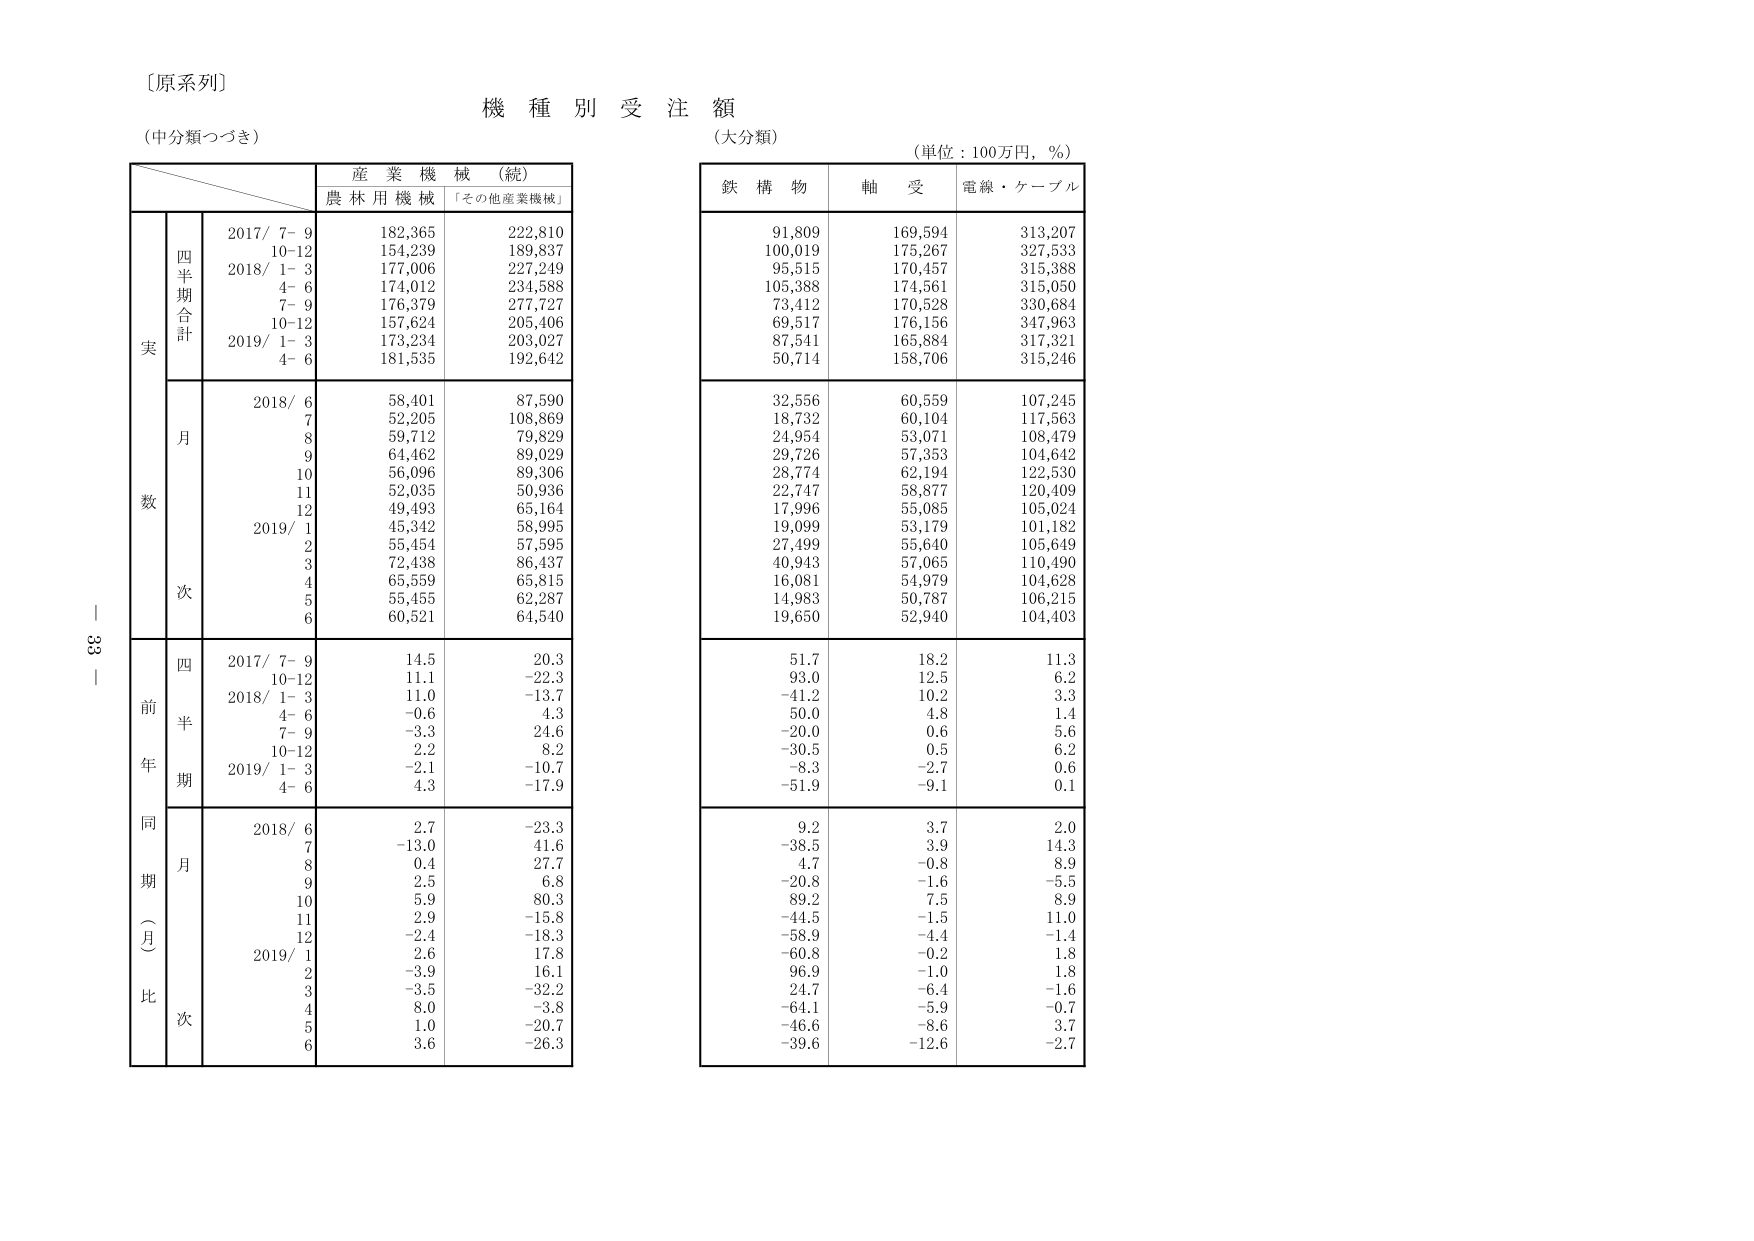
〔原系列〕
機種別受注額
（中分類つづき）
（大分類）
（単位：100万円，％）

産業機械（続）
農林用機械 「その他産業機械」

鉄構物 軸受 電線・ケーブル

実
四半期合計
2017/ 7-9 182,365 222,810
10-12 154,239 189,837
2018/ 1-3 177,006 227,249
4-6 174,012 234,588
7-9 176,379 277,727
10-12 157,624 205,406
2019/ 1-3 173,234 203,027
4-6 181,535 192,642

月
2018/ 6 58,401 87,590
7 52,205 108,869
8 59,712 79,829
9 64,462 89,029
10 56,096 89,306
11 52,035 50,936
12 49,493 65,164
2019/ 1 45,342 58,995
2 55,454 57,595
3 72,438 86,437
4 65,559 65,815
5 55,455 62,287
6 60,521 64,540

前年同期（月比）
四半期
2017/ 7-9 14.5 20.3
10-12 11.1 -22.3
2018/ 1-3 11.0 -13.7
4-6 -0.6 4.3
7-9 -3.3 24.6
10-12 -2.2 8.2
2019/ 1-3 -2.1 -10.7
4-6 4.3 -17.9

月
2018/ 6 2.7 -23.3
7 -13.0 41.6
8 0.4 27.7
9 2.5 6.8
10 5.9 80.3
11 2.9 -15.8
12 -2.4 -18.3
2019/ 1 2.6 17.8
2 -3.9 16.1
3 -3.5 -32.2
4 8.0 -3.8
5 1.0 -20.7
6 3.6 -26.3

91,809 169,594 313,207
100,019 175,267 327,533
95,515 170,457 315,388
105,388 174,561 315,050
73,412 170,528 330,684
69,517 176,156 347,963
87,541 165,884 317,321
50,714 158,706 315,246

32,556 60,559 107,245
18,732 60,104 117,563
24,954 53,071 108,479
29,726 57,353 104,642
28,774 62,194 122,530
22,747 58,877 120,409
17,996 55,085 105,024
19,099 53,179 101,182
27,499 55,640 105,649
40,943 57,065 110,490
16,081 54,979 104,628
14,983 50,787 106,215
19,650 52,940 104,403

51.7 18.2 11.3
93.0 12.5 6.2
-41.2 10.2 3.3
50.0 4.8 1.4
-20.0 0.6 5.6
-30.5 0.5 6.2
-8.3 -2.7 0.6
-51.9 -9.1 0.1

9.2 3.7 2.0
-38.5 3.9 14.3
4.7 -0.8 8.9
-20.8 -1.6 -5.5
89.2 7.5 8.9
-44.5 -1.5 11.0
-58.9 -4.4 -1.4
-60.8 -0.2 1.8
96.9 -1.0 1.8
24.7 -6.4 -1.6
-64.1 -5.9 -0.7
-46.6 -8.6 3.7
-39.6 -12.6 -2.7

33